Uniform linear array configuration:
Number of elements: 64
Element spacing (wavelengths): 0.5
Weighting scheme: blackman
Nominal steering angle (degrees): -60
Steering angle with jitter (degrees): -59.395
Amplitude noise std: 0.05
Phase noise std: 0.05

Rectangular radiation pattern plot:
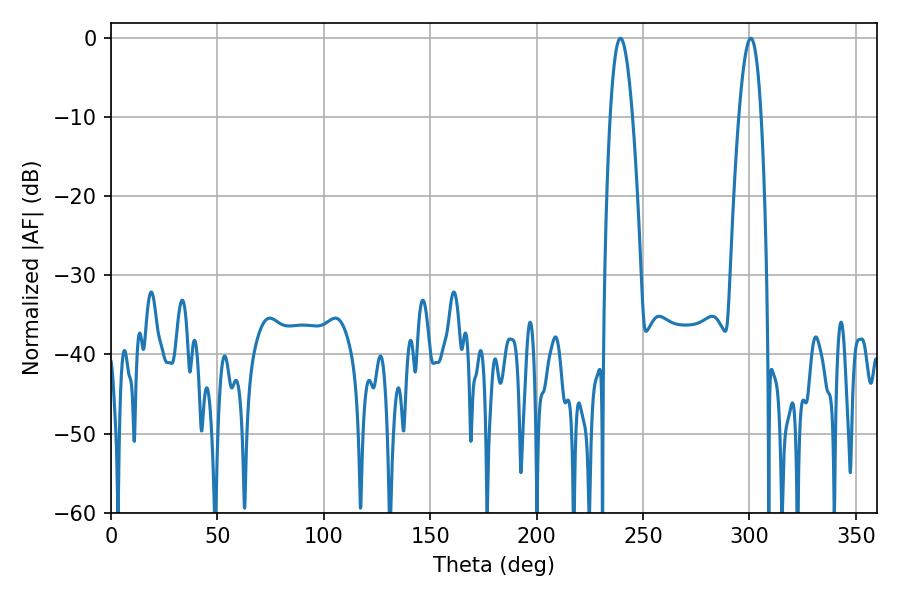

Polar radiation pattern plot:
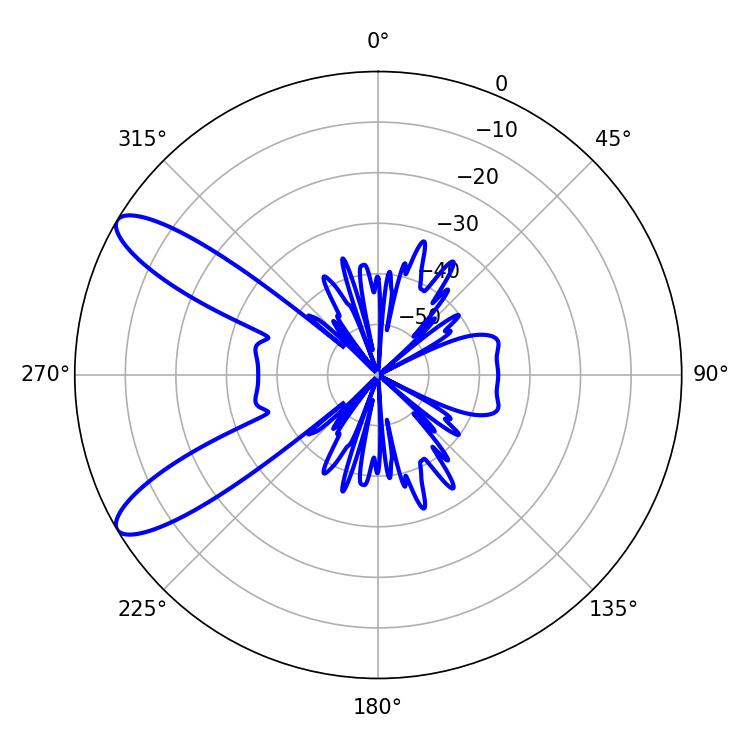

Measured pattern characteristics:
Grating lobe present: FALSE
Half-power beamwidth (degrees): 5.58
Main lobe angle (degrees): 239.4